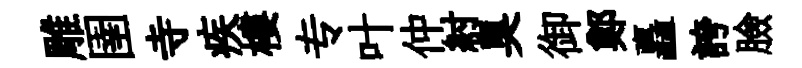
雕圉寺疾樓专叶仲紂臭御鄭矗誇臉